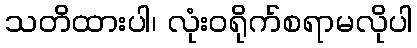
သတိထားပါ၊ လုံးဝရိုက်စရာမလိုပါ